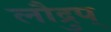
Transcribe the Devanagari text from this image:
लौद्रुप्